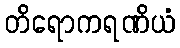
တိရောကရဏိယံ